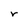
Character: r